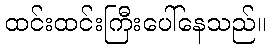
ထင်းထင်းကြီးပေါ်နေသည်။